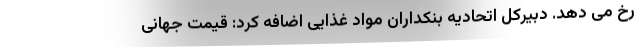
رخ می دهد. دبیرکل اتحادیه بنکداران مواد غذایی اضافه کرد: قیمت جهانی